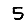
Digit: 5